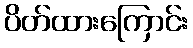
ပိတ်ထားကြောင်း